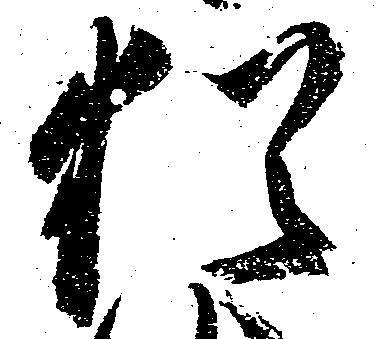
猶